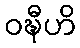
ဝဍ္ဎီဟိ